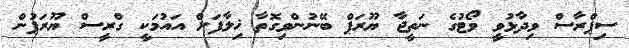
ސިޕްރާސް ވިދާޅުވީ ވޯޓުގެ ނަތީޖާ ޔޫރަޕް ބޭނުންވިގޮތާ ޚިލާފަށް އައުމަކީ ގްރީސް ޔޫރަޕުން